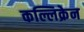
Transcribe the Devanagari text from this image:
कल्लिक्रेन